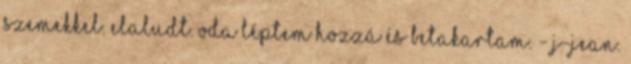
szemekkel. Elaludt. Oda léptem hozzá és betakartam. - J-Jean.